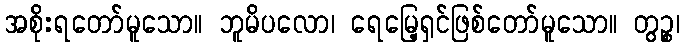
အစိုးရတော်မူသော။ ဘူမိပလော၊ ရေမြေ့ရှင်ဖြစ်တော်မူသော။ တွဉ္စ၊